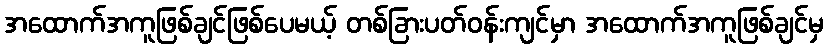
အထောက်အကူဖြစ်ချင်ဖြစ်ပေမယ့် တစ်ခြားပတ်ဝန်းကျင်မှာ အထောက်အကူဖြစ်ချင်မှ